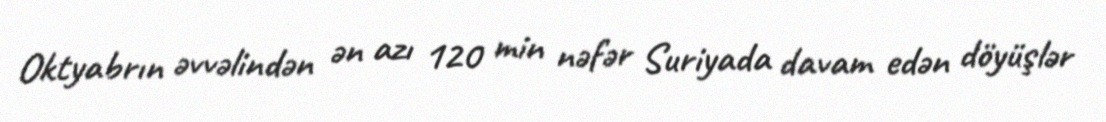
Oktyabrın əvvəlindən ən azı 120 min nəfər Suriyada davam edən döyüşlər